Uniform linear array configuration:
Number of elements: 12
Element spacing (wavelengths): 1
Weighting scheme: kaiser
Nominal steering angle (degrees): -30
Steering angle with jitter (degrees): -30.722
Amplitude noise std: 0.05
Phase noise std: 0.05

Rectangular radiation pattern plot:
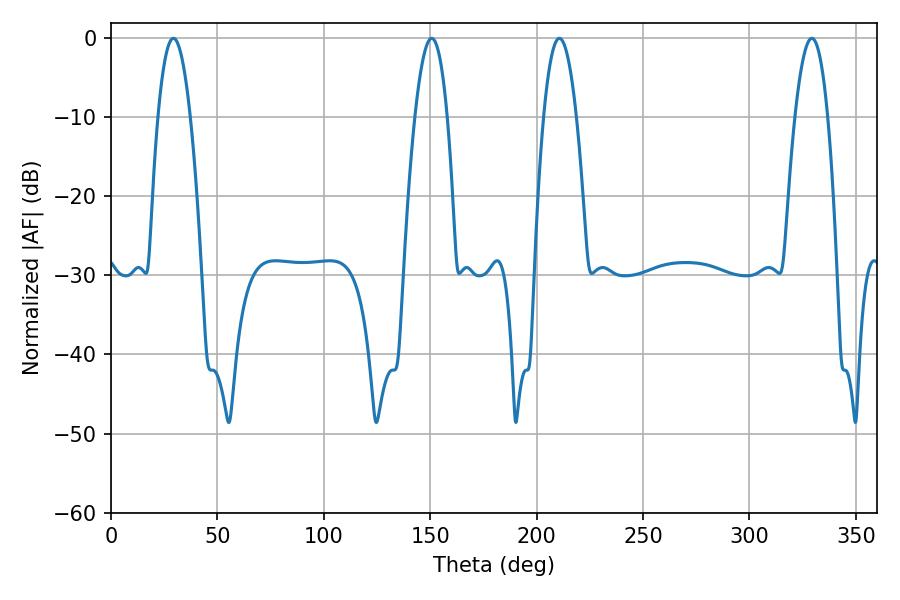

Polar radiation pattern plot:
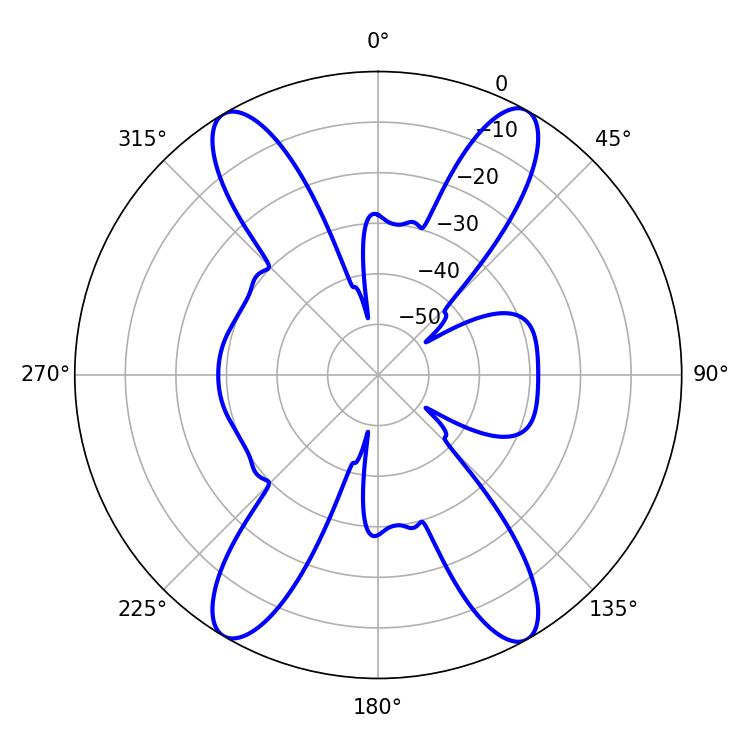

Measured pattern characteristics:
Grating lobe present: TRUE
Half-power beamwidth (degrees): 8.46
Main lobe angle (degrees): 29.34